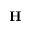
{ \bf H }